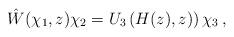
LaTeX: \begin{align*}\hat W(\chi_1,z)\chi_2=U_3\left(H(z),z)\right)\chi_3\,,\end{align*}